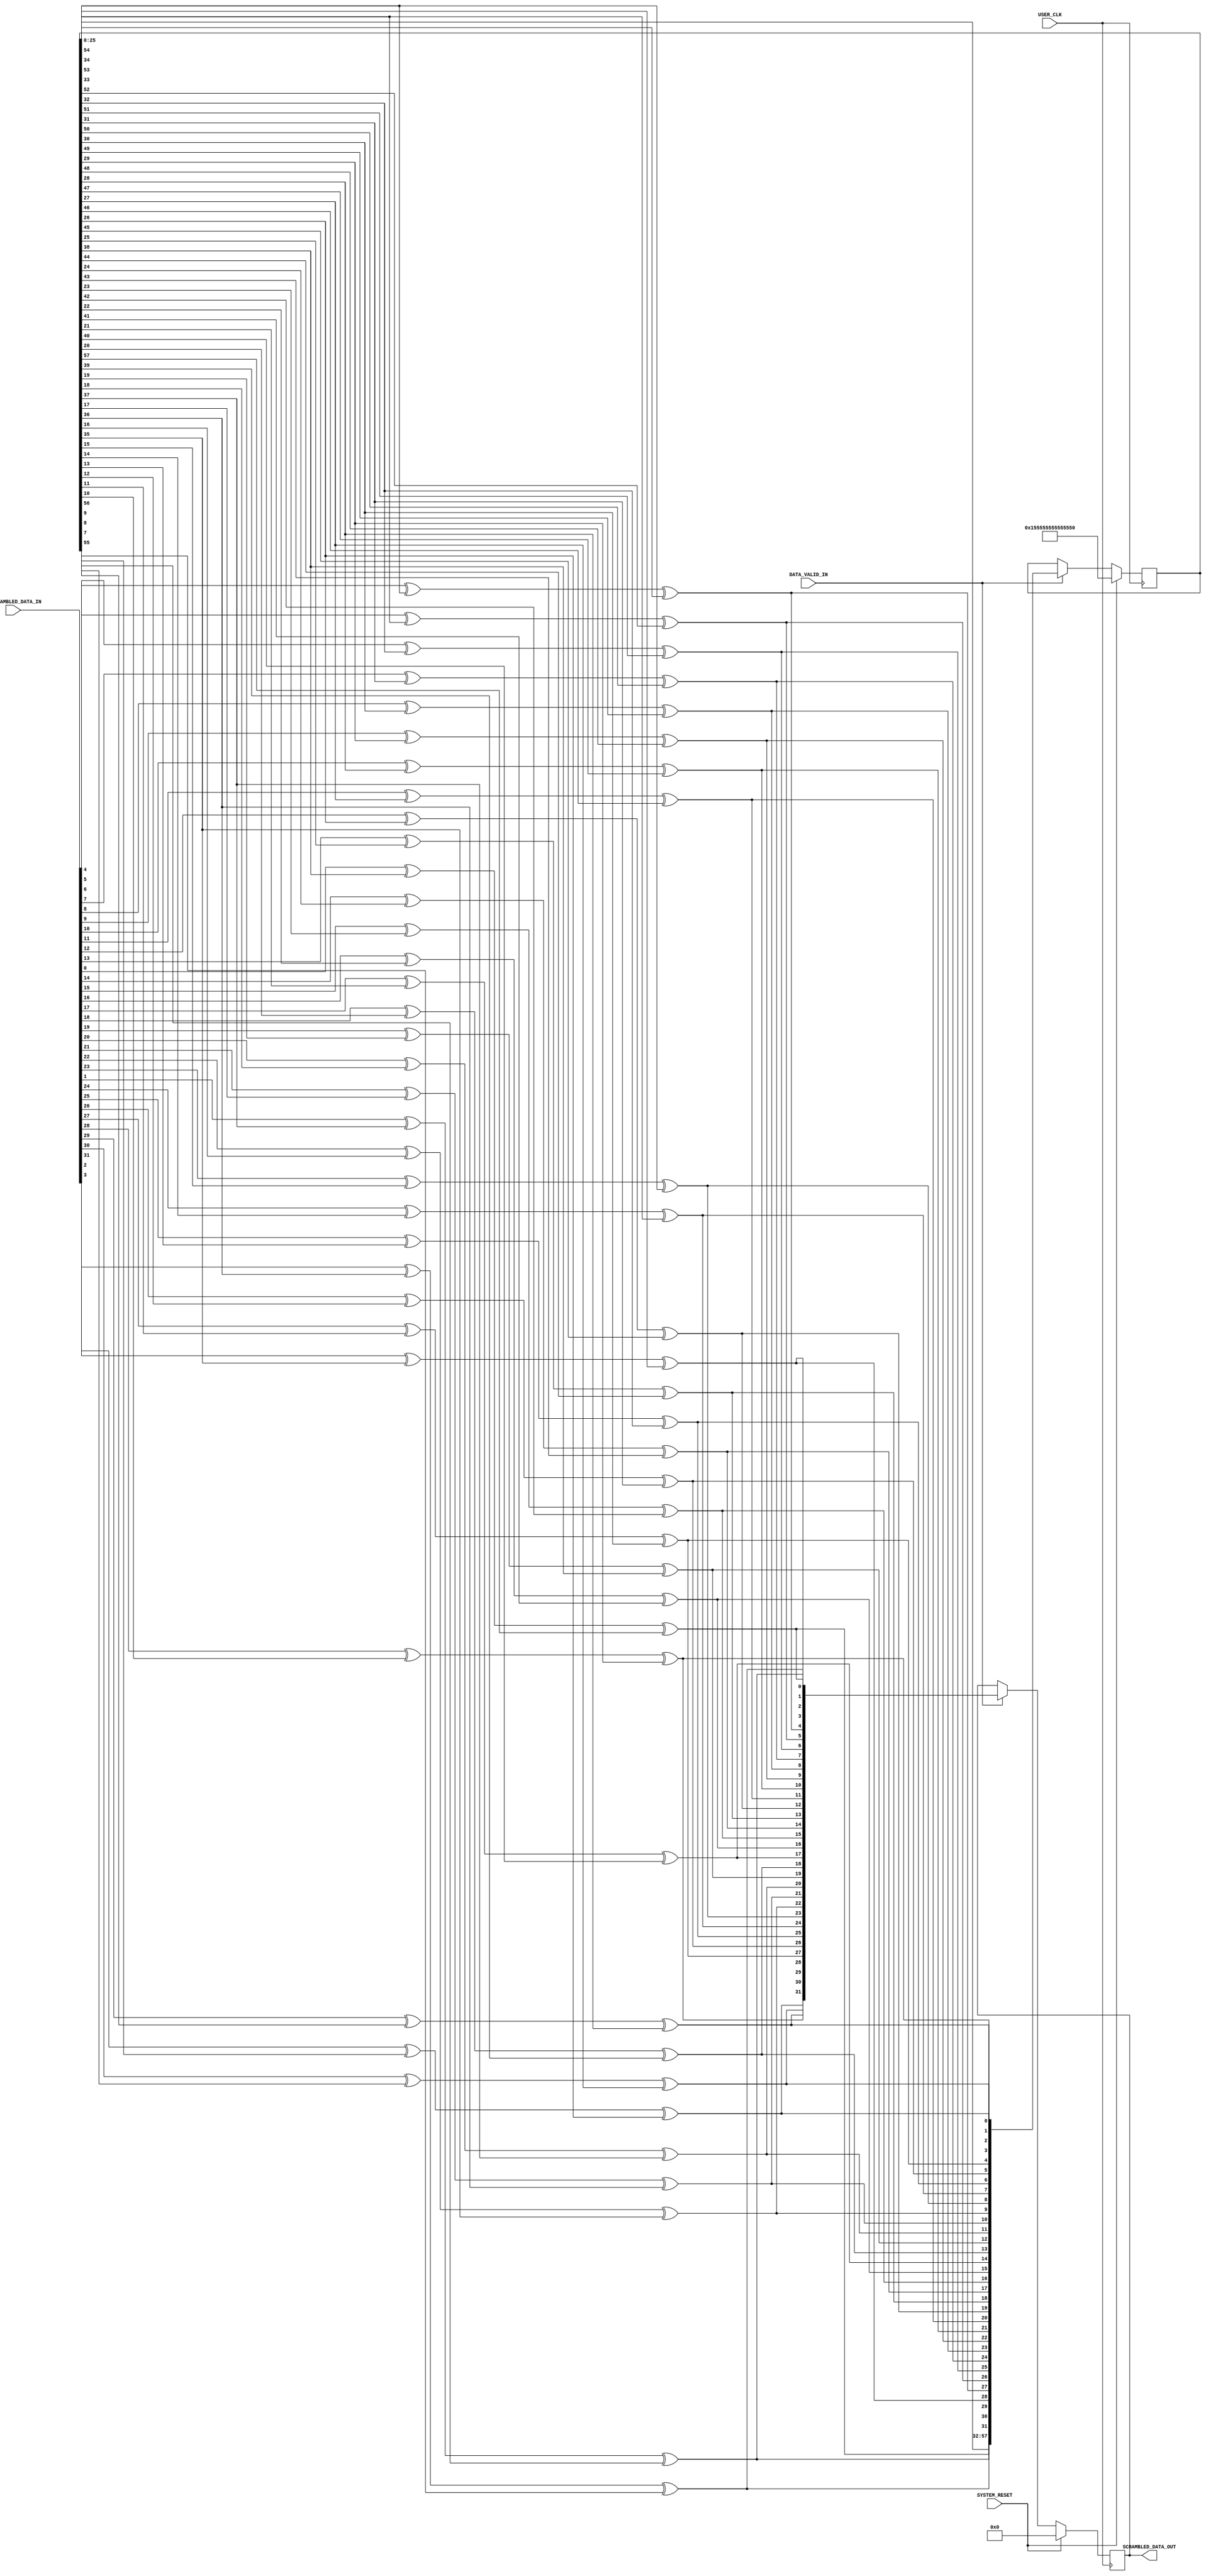
////////////////////////////////////////////////////////////////////////////////
//   ____  ____ 
//  /   /\/   / 
// /___/  \  /    Vendor: Xilinx 
// \   \   \/     Version : 3.6
//  \   \         Application : 7 Series FPGAs Transceivers Wizard
//  /   /         Filename : gtwizard_0_scrambler_64b66b.v
// /___/   /\      
// \   \  /  \ 
//  \___\/\___\ 
//
//
// Module gtwizard_0_SCRAMBLER_64B66B
// Generated by Xilinx 7 Series FPGAs Transceivers Wizard
// 
// 
// (c) Copyright 2010-2012 Xilinx, Inc. All rights reserved.
// 
// This file contains confidential and proprietary information
// of Xilinx, Inc. and is protected under U.S. and
// international copyright and other intellectual property
// laws.
// 
// DISCLAIMER
// This disclaimer is not a license and does not grant any
// rights to the materials distributed herewith. Except as
// otherwise provided in a valid license issued to you by
// Xilinx, and to the maximum extent permitted by applicable
// law: (1) THESE MATERIALS ARE MADE AVAILABLE "AS IS" AND
// WITH ALL FAULTS, AND XILINX HEREBY DISCLAIMS ALL WARRANTIES
// AND CONDITIONS, EXPRESS, IMPLIED, OR STATUTORY, INCLUDING
// BUT NOT LIMITED TO WARRANTIES OF MERCHANTABILITY, NON-
// INFRINGEMENT, OR FITNESS FOR ANY PARTICULAR PURPOSE; and
// (2) Xilinx shall not be liable (whether in contract or tort,
// including negligence, or under any other theory of
// liability) for any loss or damage of any kind or nature
// related to, arising under or in connection with these
// materials, including for any direct, or any indirect,
// special, incidental, or consequential loss or damage
// (including loss of data, profits, goodwill, or any type of
// loss or damage suffered as a result of any action brought
// by a third party) even if such damage or loss was
// reasonably foreseeable or Xilinx had been advised of the
// possibility of the same.
// 
// CRITICAL APPLICATIONS
// Xilinx products are not designed or intended to be fail-
// safe, or for use in any application requiring fail-safe
// performance, such as life-support or safety devices or
// systems, Class III medical devices, nuclear facilities,
// applications related to the deployment of airbags, or any
// other applications that could lead to death, personal
// injury, or severe property or environmental damage
// (individually and collectively, "Critical
// Applications"). Customer assumes the sole risk and
// liability of any use of Xilinx products in Critical
// Applications, subject only to applicable laws and
// regulations governing limitations on product liability.
// 
// THIS COPYRIGHT NOTICE AND DISCLAIMER MUST BE RETAINED AS
// PART OF THIS FILE AT ALL TIMES. 


`timescale 1ns / 1ps
`define DLY #0

//***********************************Entity Declaration*******************************

module gtwizard_0_SCRAMBLER #
( 
    parameter TX_DATA_WIDTH = 32
)
(
    // User Interface
    input  wire  [(TX_DATA_WIDTH-1):0] UNSCRAMBLED_DATA_IN,
    input  wire                        DATA_VALID_IN,
    output reg   [(TX_DATA_WIDTH-1):0] SCRAMBLED_DATA_OUT,

    // System Interface
    input  wire          USER_CLK,
    input  wire          SYSTEM_RESET
);


//***************************Internal Register Declarations******************** 

    integer                        i;
    reg     [57:0]                 poly;
    reg     [(TX_DATA_WIDTH-1):0]  scrambled_data_i;
    reg     [57:0]                 scrambler;
    reg     [(TX_DATA_WIDTH-1):0]  tempData;
    reg                            xorBit;

//*********************************Main Body of Code***************************

    always @(scrambler,UNSCRAMBLED_DATA_IN)
    begin
        poly = scrambler;
        for (i=0;i<=(TX_DATA_WIDTH-1);i=i+1)
        begin
            xorBit = UNSCRAMBLED_DATA_IN[i] ^ poly[38] ^ poly[57];
            poly = {poly[56:0],xorBit};
            tempData[i] = xorBit;
        end
    end  

    //________________ Scrambled Data assignment to output port _______________    

    always @(posedge USER_CLK)
    begin
        if (SYSTEM_RESET)
        begin
            SCRAMBLED_DATA_OUT <= `DLY  'h0;
            scrambler          <= `DLY  58'h155_5555_5555_5555;
        end
        else if (DATA_VALID_IN)
        begin
            SCRAMBLED_DATA_OUT <= `DLY  tempData;
            scrambler          <= `DLY  poly;
        end
    end
         
endmodule